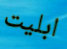
ابليت